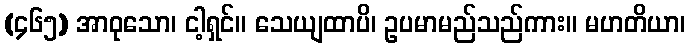
(၄၆၅) အာဝုသော၊ ငါ့ရှင်။ သေယျထာပိ၊ ဥပမာမည်သည်ကား။ မဟတိယာ၊